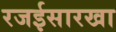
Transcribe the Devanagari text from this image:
रजईसारखा